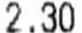
2.30